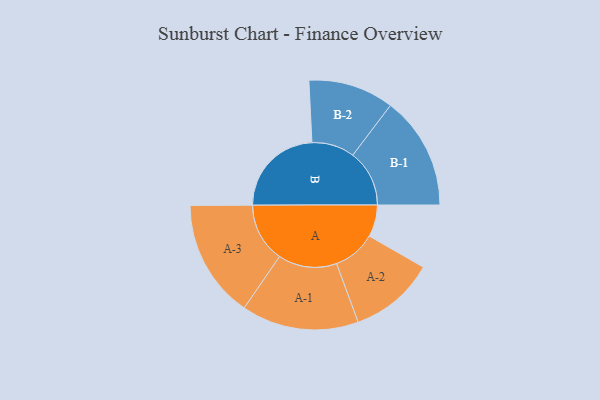
{"axis": {"x": "Segment", "y": "Value"}, "legend": ["", "A", "B"], "data": [{"x": "A", "y": 159, "type": ""}, {"x": "B", "y": 466, "type": ""}, {"x": "A-1", "y": 292, "type": "A"}, {"x": "A-2", "y": 213, "type": "A"}, {"x": "A-3", "y": 295, "type": "A"}, {"x": "B-1", "y": 282, "type": "B"}, {"x": "B-2", "y": 213, "type": "B"}]}